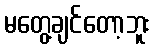
မတွေ့ချင်တော့ဘူး